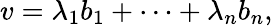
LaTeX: v=\lambda_{1}b_{1}+\cdots+\lambda_{n}b_{n},